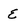
Character: E